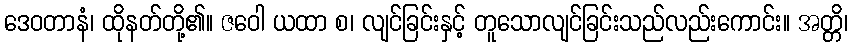
ဒေဝတာနံ၊ ထိုနတ်တို့၏။ ဇဝေါ ယထာ စ၊ လျင်ခြင်းနှင့် တူသောလျင်ခြင်းသည်လည်းကောင်း။ အတ္တိ၊